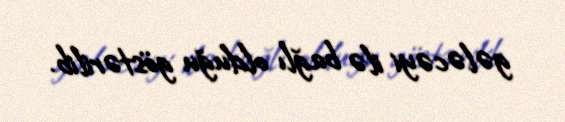
gələcəyi ilə bağlı olduğu göstərilib.